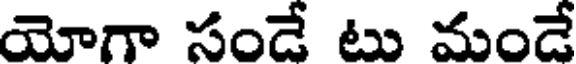
యోగా సండే టు మండే